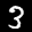
Label: 3